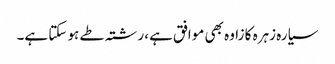
سیارہ زہرہ کا زاوہ بھی موافق ہے، رشتہ طے ہو سکتا ہے۔